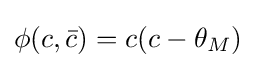
\phi (c,{\bar {c}})=c(c-\theta _{M})